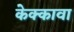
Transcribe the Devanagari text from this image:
केक्कावा